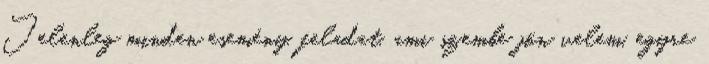
Jelenleg minden esemény, feladat, ami szembe jön velem, egyre